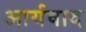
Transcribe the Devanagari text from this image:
आर्यवाद